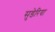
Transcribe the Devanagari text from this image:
सुडेरिया